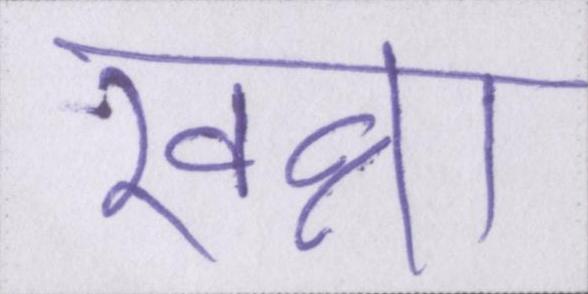
खन्ना